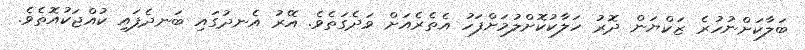
ބަލާކަށްނުހުރެ ޒަކްޔަން ދޮރު ހަލާކުކޮށްލުމަށްފަހު އެތެރެއަށް ވަދެގަތެވެ. އޭރު އެނދުގައި ބަނދެފައި ކުއްޖަކުއޮތެވެ.